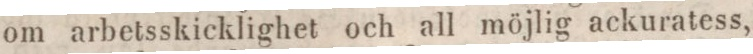
om arbetsskicklighet och all möjlig ackuratess,